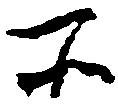
所